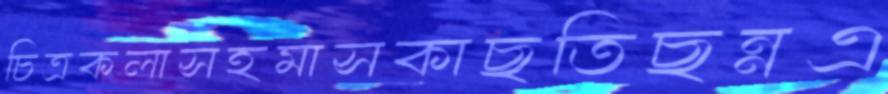
চিত্রকলাসহমাসকাছতিছন্নএ